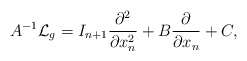
\begin{align*} A^{-1} \mathcal{L}_g = I_{n+1}\frac{\partial^2 }{\partial x_n^2} + B \frac{\partial }{\partial x_n} + C,\end{align*}